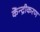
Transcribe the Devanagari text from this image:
केंन्द्रीकरण